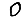
Digit: 0